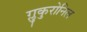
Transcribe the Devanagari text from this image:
ग्लुकुरोनिल